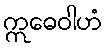
ဣဓေဝါဟံ